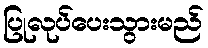
ပြုလုပ်ပေးသွားမည်